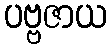
ပဗ္ဗဇာယ